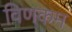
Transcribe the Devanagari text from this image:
विणकम